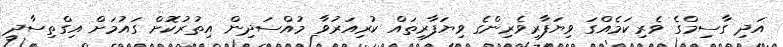
އަދި ގާސިމްގެ ވެރިކަމެއްގަ ވިޔަފާރިވެރިންގެ ވިޔަފާރިތައް ކުރިއަރުވާ މުއްސަދިން އިތުރުކޮށް ގައުމަށް އިގްތިސާދީ